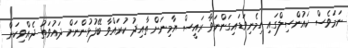
ނަމަވެސް ކައުންސިލްގައި ހިމެނިވަޑައިގަންނަވާ ރައީސް ޔާމިނަށް ތާއިދު ކުރައްވާ ބޭފުޅުންނަށް ދައުވަތު ދެއްވިކަން